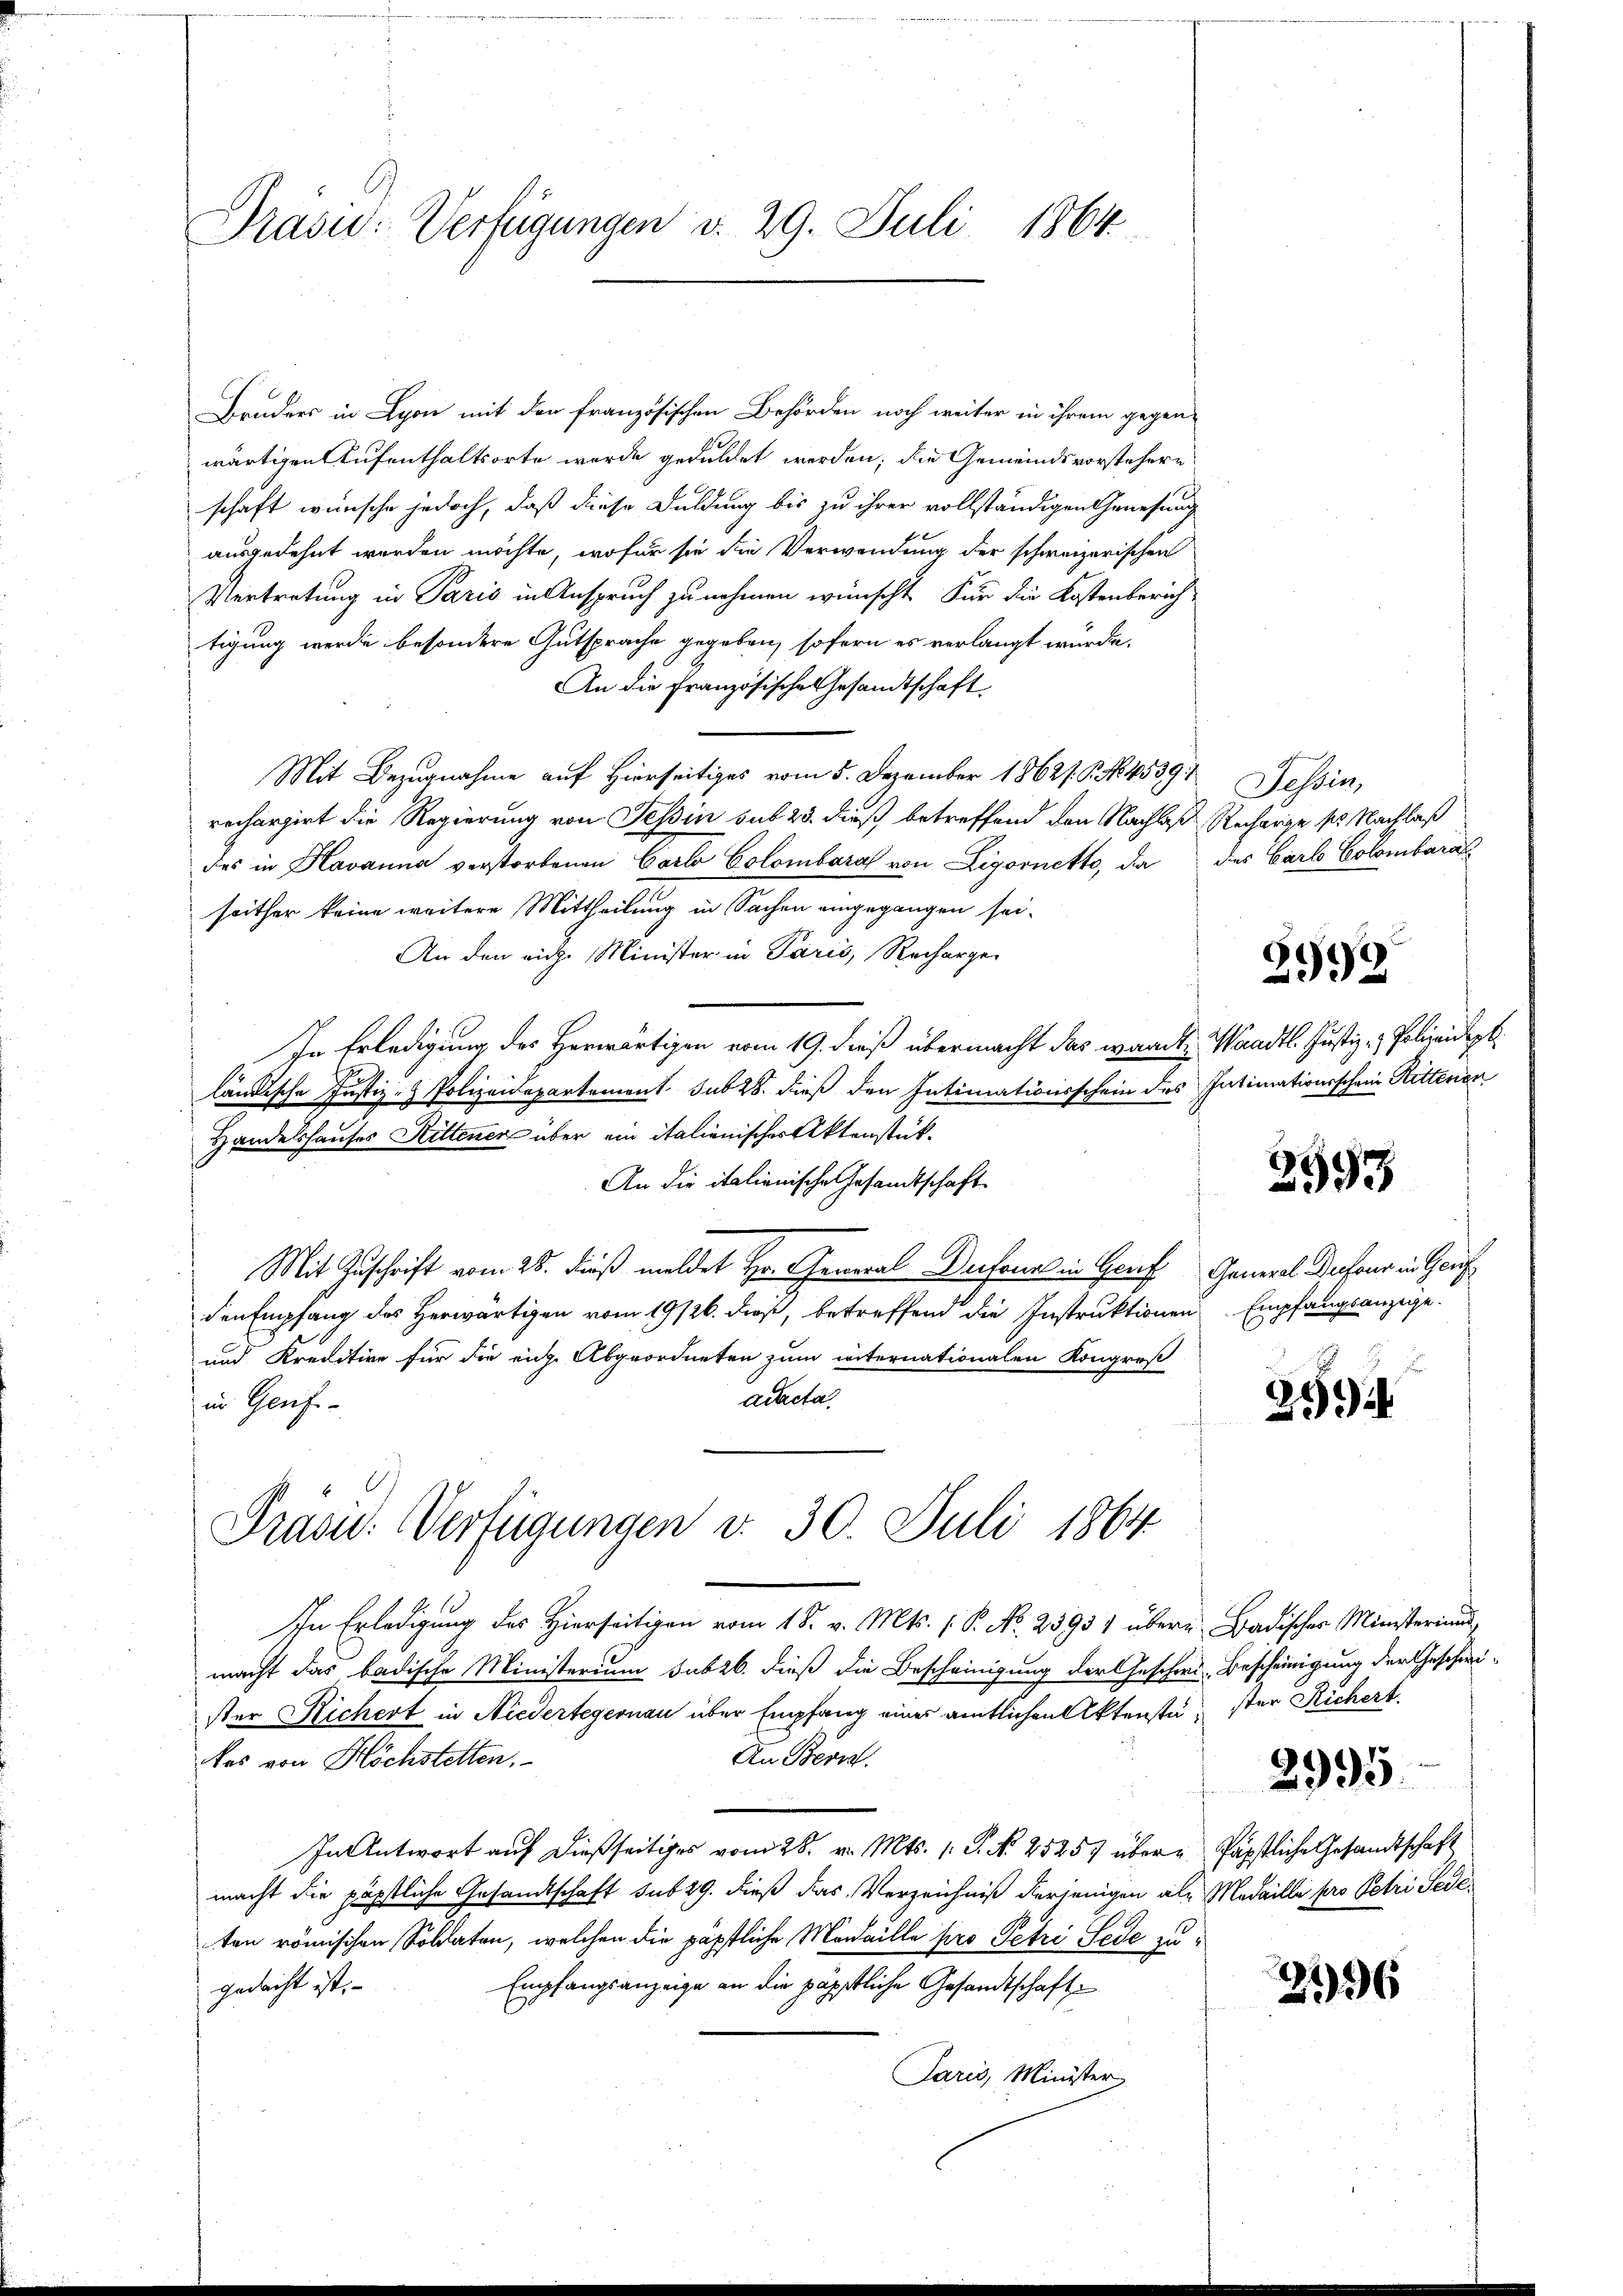
Präsid.: Verfügungen d. 29. Juli 1864.

Bruders in Lyon mit den französischen Behörden noch weiter in ihrem gegen-
wärtigen Aufenthaltsorte wurde geduldet werden; die Gemeindsvorstehern
schaft wünsche jedoch, daß diese Duldung bis zu ihrer vollständigen Genesung
ausgedehnt werden möchte, wofür sie die Verwendung der schweizerischen
Vertretung in Paris in Anspruch zu nehmen wünscht. Für die Kostenberich-
tigung werde besondere Gutsprache gegeben, sofern es verlangt würde.
An die Französische Gesandtschaft
Mit Bezugnahme auf Hierseitiges vom 5. Dezember 18621. P. No. 4539
rechargirt die Regierung von Tessin sub 23. dieß betreffend den Nachlas Recharge pr. Nachlaß
des in Havanna verstorbenen Carlo Colombara von Ligornetto, da des Carlo Colombara
seither keine weitere Mittheilung in Sachen eingegangen sei.
An den rich. Minister in Paris, Recharge-
In Erledigung des Herwärtigen vom 19. dieß übermacht das wardt, Waadt. Justiz- & Polizeidep
ländische Justiz- & Polizeidepartement sub 28. dieß den Intimationsschein des Intimationsschein Rittenen
Handelshauses Rittener über ein italienischer Aktenstük¬
An die italienische Gesamtschaft
Mit Zuschrift vom 28. dieß meldet Hr. General Dufour in Gorf General Dufour in Gerich
den Empfang des Herwärtigen vom 19/26. dieß, betreffend die Instruktionen
und Kreditive für die eiche Abgeordneten zum internationalen Kongroß
aracta
in Genf
Prasis. Verfügungen v. 30. Juli 1864.
In Erledigung des Hierseitigen vom 18. v. Mts. (T. No. 23931 übere
macht das badische Ministerium subzb. dieß die Bescheinigung der Geschwister Richert in Niedertegernau über Empfang eines amtlichen Aktenstä¬
An Bern.
kos von Höchstetten.
In Antwort auf dießseitiges vom 28. v. Mts. 1. P. Nr. 2525 übermacht die päpstliche Gesandtschaft sub 29. dieß das Verzeichniß derjenigen als
ten römischen Soldaten, welchen die päpstliche Medaille pro Petri Jede zu¬
Empfangsanzeige an die päpstliche Gesandtschaft
gedacht ist.
Paris, Minister

Tessin,

2999

2593

Empfangsanzige.

252

Badischer Ministerium
Bescheinigung der Geschwister Richert.
2995.
Päpstliche Gesandtschaft
Medaille pro Petri Fede

2136